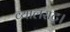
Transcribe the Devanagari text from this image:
व्यालराट्।